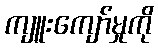
ကျူးကျော်မှုကို